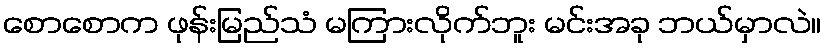
စောစောက ဖုန်းမြည်သံ မကြားလိုက်ဘူး မင်းအခု ဘယ်မှာလဲ။